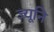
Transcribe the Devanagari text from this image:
ज्यूनि